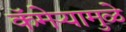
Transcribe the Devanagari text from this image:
कॅमेऱ्यामुळे